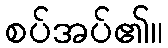
စပ်အပ်၏။